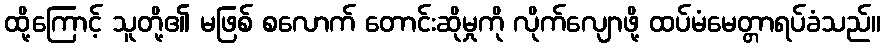
ထို့ကြောင့် သူတို့၏ မဖြစ် စလောက် တောင်းဆိုမှုကို လိုက်လျောဖို့ ထပ်မံမေတ္တာရပ်ခံသည်။